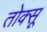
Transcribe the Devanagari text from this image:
तोक्सू